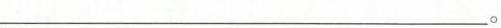
___